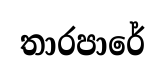
තාරපාරේ